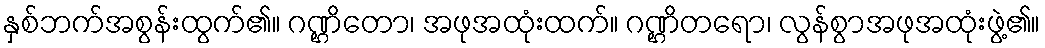
နှစ်ဘက်အစွန်းထွက်၏။ ဂဏ္ဌိတော၊ အဖုအထုံးထက်။ ဂဏ္ဌိတရော၊ လွန်စွာအဖုအထုံးဖွဲ့၏။